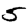
Digit: 5